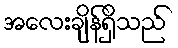
အလေးချိန်ရှိသည်